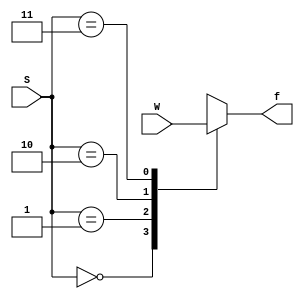
/**
  ******************************************************************************
  * @file:      Mux-4to1-1.v
  * @author:    Engin Subasi
  * @e-mail:    enginsubasi@gmail.com
  * @address:   github.com/enginsubasi/esverlib
  *
  * @version:   v 0.0.1
  * @cdate:     19/02/2018
  * @mdate:     19/02/2018
  *
  * @about:     Example
  *
  ******************************************************************************
  */

module mux4to1 (W, S, f);
    input [0:3]W;
    input [1:0] S;
    output reg f;

    always @(W, S)
        case (S)
            0: f = W[0];
            1: f = W[1];
            2: f = W[2];
            3: f = W[3];
        endcase

endmodule